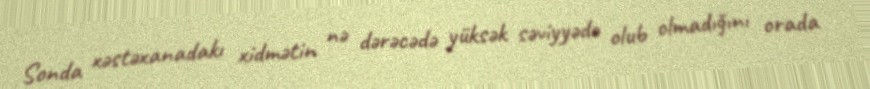
Sonda xəstəxanadakı xidmətin nə dərəcədə yüksək səviyyədə olub olmadığını orada